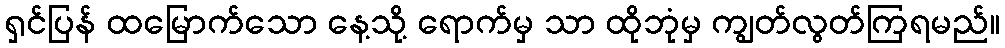
ရှင်ပြန် ထမြောက်သော နေ့သို့ ရောက်မှ သာ ထိုဘုံမှ ကျွတ်လွတ်ကြရမည်။